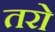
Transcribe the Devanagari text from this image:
तरो